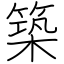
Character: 築